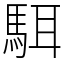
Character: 駬